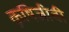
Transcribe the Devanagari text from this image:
कृषिजीवी